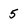
Character: 5